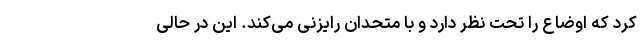
کرد که اوضاع را تحت نظر دارد و با متحدان رایزنی می‌کند. این در حالی